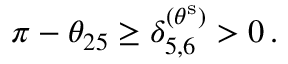
\pi - \theta _ { 2 5 } \geq \delta _ { 5 , 6 } ^ { ( \theta ^ { \mathrm { s } } ) } > 0 \, .